Medical and sanitary report of the native army of Madras for the year
Year: 1876
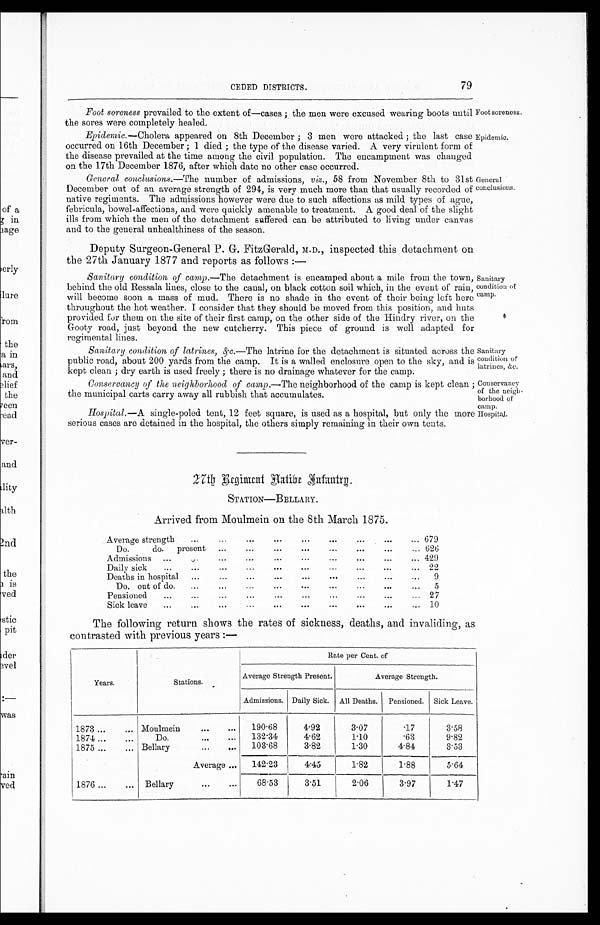
Foot soreness.
Epidemic.
Sanitary
condition of
latrines, &c.
Conservancy
of the neigh-
borhood of
camp.
nospitty.
CEDED DISTRICTS.
79
.
Foot soreness prevailed to the extent of—cases ; the men were excused. wearing boots until
the sores were completely healed.
Epidemic.—Cholera appeared on 8th December ; 3 men were attacked ; the last case
occurred on 16th December ; 1 died ; the type of the disease varied. A very virulent form of
the disease prevailed at the time among the civil population. The encampment was changed
on the 17th December 1876, after which date no other ease occurred.
General conclusions.—The number of admissions, v 58 from November 8th to 31st
December out of an average strength of 294, is very much more than that usually recorded of
native regiments. The admissions however were due to such affections as mild types of ague,
febricula, bowel-affections, and were quickly amenable to treatment. A. good deal of the slight
ills from which the men of the detachment suffered can be attributed to living under canvas
and to the general unhealthiness of the season.
Deputy Surgeon-General P. G. FitzGerald, M.D., inspected this detachment on
the 27th January 1877 and reports as follows :—
General
conclusions.
Sanitary condition of camp.—The detachment is encamped about a mile from the town,
behind the old Ressala lines, close to the canal, on black cotton soil which, in the event of rain,
will become soon a mass of mud. There is no shade in the event of their being left here
throughout the hot weather. I consider that they should be moved from this position, and huts
provided for them on the site of their first camp, on the other side of the Hindry river, on the
Gooty road, just beyond the new cutcherry. This piece of ground is well adapted fox
regimental lines.
Sanitary condition of latrines, &c .—The latrine for the detachment is situated across the
public road, about 200 yards from the camp. It is a walled enclosure open to the sky, and is
kept clean ; dry earth is used freely ; there is no drainage whatever for the camp.
Conservancy qf the neighborhood of camp.—The neighborhood of the camp is kept clean
the municipal carts carry away all rubbish that accumulates.
Hospital.—A single-poled tent, 12 feet square, is used as a hospital, but only the more
serious cases are detained in the hospital, the others simply remaining in their own tents.
Sanitary
condition of
camp.
27th Regiment Hatibe Sufantrp.
STATION—BELLARY.
Arrived from Moulmein on the 8th March 1875.
Average strength
...
...
...
...
...
...
...
...
... 679
Do.
do.
present
...
...
...
...
...
...
... 626
Admissions
...
...
...
...
...
...
...
...
...
... 429
Daily sick
...
...
.-.
...
...
...
...
... 22
...
Deaths in hospital
......
...
...
...
...
...
9
Do. out of do.
...
...
...
...
...
...
...
...
5
...
Pensioned
...
...
...
...
...
...
...
...
... 27
Sick leave
...
...
...
...
...
...
...
......
... 10
The following return shows the rates of sickness, deaths, and invaliding, as
contrasted with previous years :—
Years.
Stations.
Rate per Cent. of
Average Strength Present.
Average Strength.
Admissions. Daily Sick.
All Deaths. I Pensioned.
Sick Leave.
1873 ...
... Moulmein
...
...
190 . 68
4.92
3.07
. 1 7 3.58
1874 ...
...
Do.
...
...
132 . 34
4.62
1.10
. 6 3 9.82
1875 ...
... Bellary
...
. . . 103 . 68
3.82
1.30
4.84
3.53
Average ...
142 . 23
......_
4.45
1.82
1.88
5.64
1876 ...
... Bellary
"
...
68.53
3.51
2.06
3.97
1.47